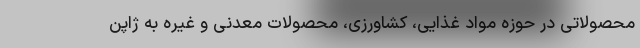
محصولاتی در حوزه مواد غذایی، کشاورزی، محصولات معدنی و غیره به ژاپن